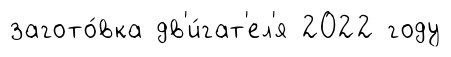
загото́вка дв'и́гат'ел'я 2022 году